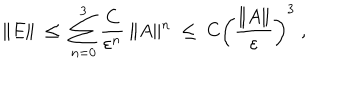
\| E \| \; \leq \; \sum _ { n = 0 } ^ { 3 } \frac { C } { \varepsilon ^ { n } } \: \| A \| ^ { n } \; \leq \; C \left( \frac { \| A \| } { \varepsilon } \right) ^ { 3 } \; ,